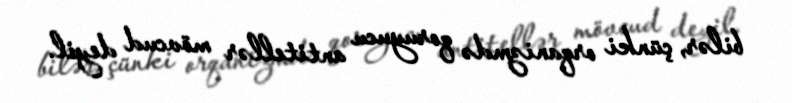
bilər, çünki orqanizmdə qoruyucu antitellər mövcud deyil.